system: You are a helpful assistant.
user:
Analyze the provided spectrum to determine if it is a **"Cataclysmic Variables (CV)"**.

- **Key Indicators for CV (Check for either state):**
    - **State 1: Quiescent / Low-State (Emission-Dominated)**
        - **(Primary):** Strong and *very broad* Hydrogen Balmer emission lines (e.g., $H\alpha$ at 6563 Å, $H\beta$ at 4861 Å). The 'broadness' (high velocity dispersion, often FWHM > 1000 km/s) is the key diagnostic, indicating a high-velocity accretion disk.
        - **(Secondary):** Broad neutral Helium (He I) emission lines (e.g., 5876 Å, 6678 Å).
        - **(Key Confirmation):** Presence of high-excitation *ionized* Helium (He II) emission at 4686 Å. This is a strong indicator of accretion onto a white dwarf.
        - **(Line Profile):** Emission lines may exhibit a 'double-peaked' profile, which is a classic signature of a rotating accretion disk viewed at high inclination.

    - **State 2: Outburst / High-State (Absorption-Dominated)**
        - **(Primary):** Spectrum is dominated by a bright, blue continuum (looks like a hot star).
        - **(Secondary):** The emission lines from State 1 are weak, absent, or 'filled in', and are replaced by broad, shallow *absorption* lines (primarily Balmer and He I).
        - **(Morphology):** The overall spectrum mimics a hot B/A-type star. The crucial difference is that the absorption lines are significantly broader, shallower, and more 'washed-out' (or 'smeared') than the sharp lines of a normal stellar photosphere, due to high rotational speeds and pressure broadening in the disk.

Think first, call **spectral_visualization_tool** if needed to examine features in detail, then provide your final answer. Your response must adhere to the following strict rules:
1.  **Overall Structure:** Your response must follow the format `<think>...</think> <tool_call>...</tool_call> (if a tool is used) <answer>...</answer>`.
2.  **Tool Usage Constraint:** You may only make **one** tool call per turn.
3.  **Final Answer Format:** In the `<answer>` tag, your conclusion must be inside a `\boxed{}` command (e.g., `\boxed{YES}`), followed by your justification.

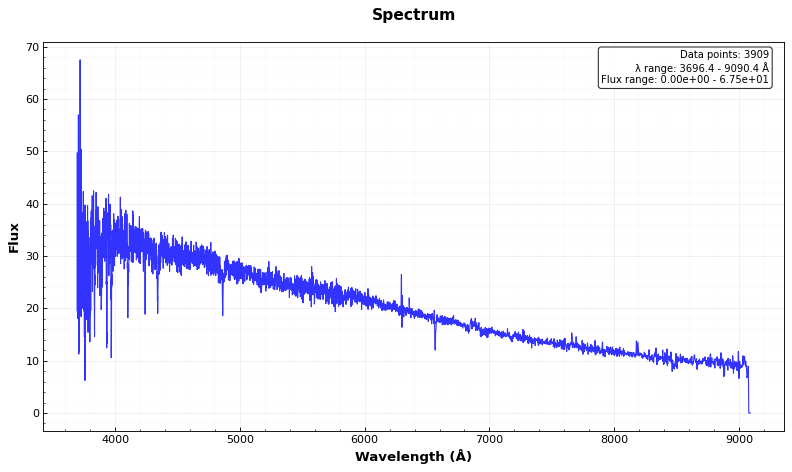
Answer: NO